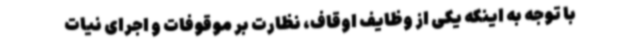
با توجه به اینکه یکی از وظایف اوقاف، نظارت بر موقوفات و اجرای نیات